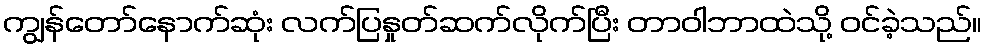
ကျွန်တော်နောက်ဆုံး လက်ပြနှုတ်ဆက်လိုက်ပြီး တာဝါဘာထဲသို့ ဝင်ခဲ့သည်။